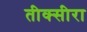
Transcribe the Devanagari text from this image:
तीक्सीरा